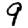
Digit: 9